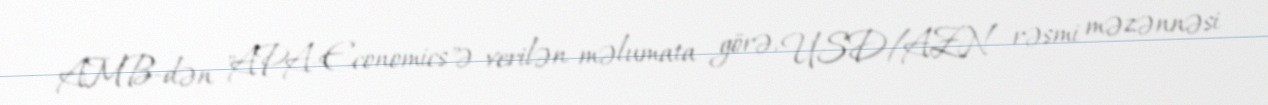
AMB-dən "APA-Economics"ə verilən məlumata görə, USD/AZN rəsmi məzənnəsi